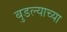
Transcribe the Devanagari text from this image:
बुडल्याच्या